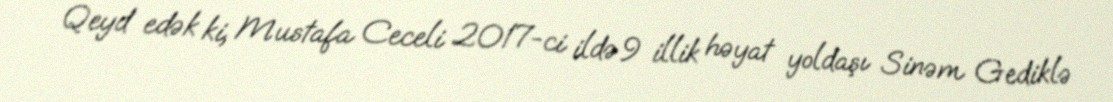
Qeyd edək ki, Mustafa Ceceli 2017-ci ildə 9 illik həyat yoldaşı Sinəm Gediklə